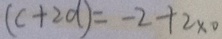
( c + 2 d ) = - 2 + 2 \times 0